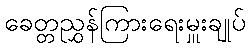
ခေတ္တညွှန်ကြားရေးမှူးချုပ်